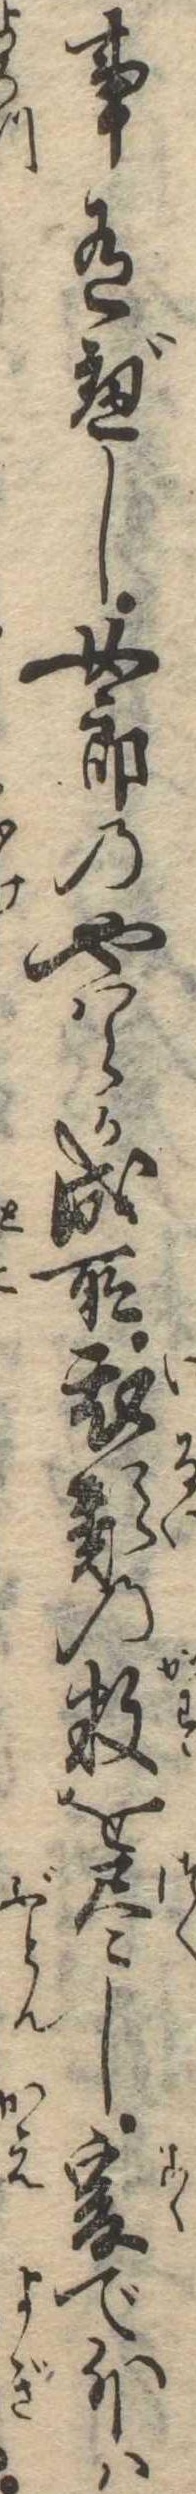
事有べし女郎のやはらか成所衣類の数を尽し爰で外は